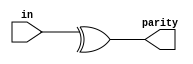
/**
 *
 *
Paper on parameterized models:
http://ocw.mit.edu/courses/electrical-engineering-and-computer-science/6-884-complex-digital-systems-spring-2005/related-resources/parameter_models.pdf

http://web.engr.oregonstate.edu/~traylor/ece474/lecture_verilog/beamer/verilog_operators.pdf
Verilog Reduction Operators
 - and(&), nand(~&), or(|), nor(~|) xor(^), xnor(^~,~^)
 - Operates on only one operand
 - Performs a bitwise operation on all bits of the operand
 - Returns a 1-bit result
 - Works from right to left, bit by bit

//let x = 4'b1010
&x //equivalent to 1 & 0 & 1 & 0. Results in 1'b0
|x //equivalent to 1 | 0 | 1 | 0. Results in 1'b1
^x //equivalent to 1 ^ 0 ^ 1 ^ 0. Results in 1'b0

A good example of the XOR operator is generation of parity.
*/

// Parity generator
// output is one if odd # of ones
//
module Parity #(parameter WIDTH=8)(
   input [WIDTH-1:0] in,
   output parity
);
   assign parity = ^in;
endmodule